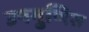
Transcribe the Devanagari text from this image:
उपगुणित